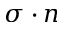
\sigma \cdot n